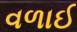
વળાઈ